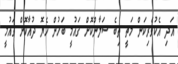
އަދި އެކުވެރިކަން މަތީ ތިބެ ސަލާންކޮށް ގައުމީ ބަހުން ހެޔޮ ދުއާކޮށް ގައުމީ